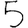
Digit: 5